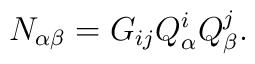
N_{\alpha\beta} = G_{ij} Q^i_\alpha Q^j_\beta.